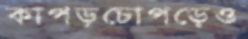
কাপড়চোপড়েও